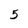
Character: 5